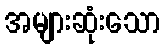
အများဆုံးသော